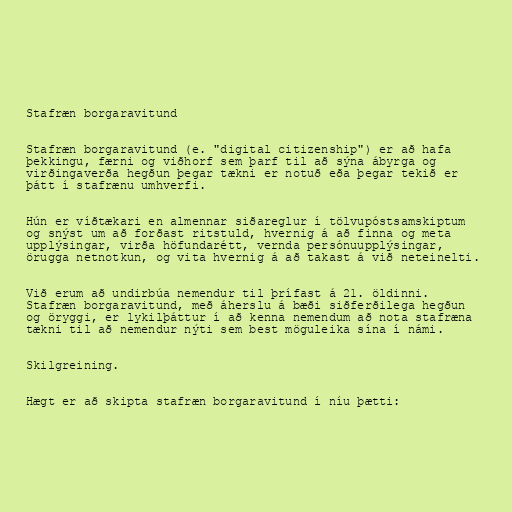
Stafræn borgaravitund

Stafræn borgaravitund (e. "digital citizenship") er að hafa
þekkingu, færni og viðhorf sem þarf til að sýna ábyrga og
virðingaverða hegðun þegar tækni er notuð eða þegar tekið er
þátt í stafrænu umhverfi.

Hún er víðtækari en almennar siðareglur í tölvupóstsamskiptum
og snýst um að forðast ritstuld, hvernig á að finna og meta
upplýsingar, virða höfundarétt, vernda persónuupplýsingar,
örugga netnotkun, og vita hvernig á að takast á við neteinelti.

Við erum að undirbúa nemendur til þrífast á 21. öldinni.
Stafræn borgaravitund, með áherslu á bæði siðferðilega hegðun
og öryggi, er lykilþáttur í að kenna nemendum að nota stafræna
tækni til að nemendur nýti sem best möguleika sína í námi.

Skilgreining.

Hægt er að skipta stafræn borgaravitund í níu þætti: